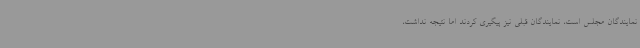
نمایندگان مجلس است، نمایندگان قبلی نیز پیگیری کردند اما نتیجه نداشت،